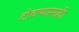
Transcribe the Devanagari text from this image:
टोचण्यासाठी